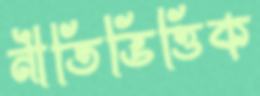
নীতিভিত্তিক